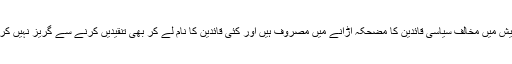
وہ اتر پردیش میں مخالف سیاسی قائدین کا مضحکہ اڑانے میں مصروف ہیں اور کئی قائدین کا نام لے کر بھی تنقیدیں کرنے سے گریز نہیں کر رہے ہیں۔